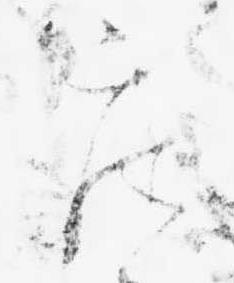
座